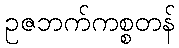
ဥဇဘက်ကစ္စတန်